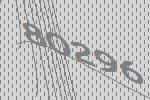
80296